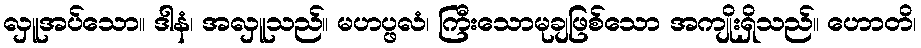
လှူအပ်သော။ ဒါနံ၊ အလှူသည်။ မဟပ္ဖလံ၊ ကြီးသောမုချဖြစ်သော အကျိုးရှိသည်။ ဟောတိ၊